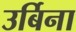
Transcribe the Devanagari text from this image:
उर्बिना